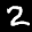
Label: 2